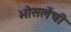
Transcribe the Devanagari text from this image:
भोसलेंची